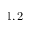
1 , 2